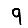
Digit: 9